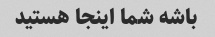
باشه شما اینجا هستید